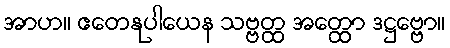
အာဟ။ ဧတေနုပါယေန သဗ္ဗတ္ထ အတ္ထော ဒဋ္ဌဗ္ဗော။